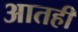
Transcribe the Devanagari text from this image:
आतही